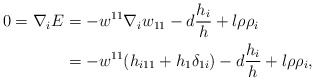
\begin{align*}0=\nabla_{i}E&=-w^{11}\nabla_{i}w_{11}-d\frac{h_{i}}{h}+l\rho\rho_{i}\\&=-w^{11}(h_{i11}+h_{1}\delta_{1i})-d\frac{h_{i}}{h}+l\rho\rho_{i},\end{align*}